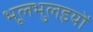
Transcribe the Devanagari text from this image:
भूलभुलइयों